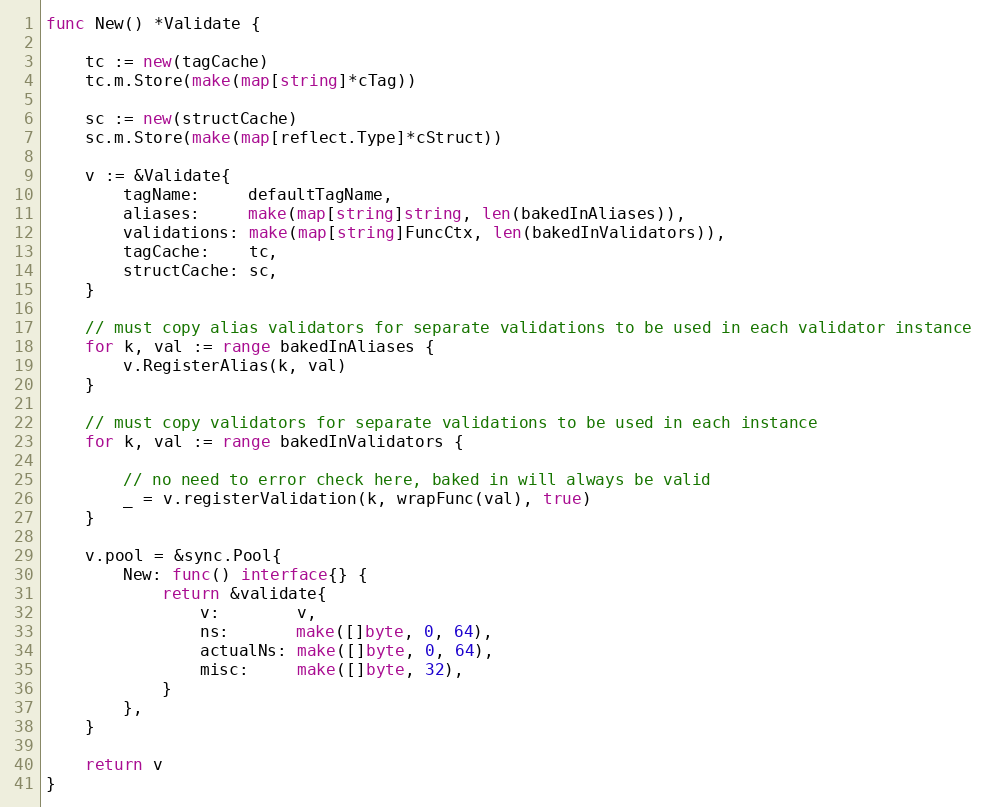
Language: Go
func New() *Validate {

	tc := new(tagCache)
	tc.m.Store(make(map[string]*cTag))

	sc := new(structCache)
	sc.m.Store(make(map[reflect.Type]*cStruct))

	v := &Validate{
		tagName:     defaultTagName,
		aliases:     make(map[string]string, len(bakedInAliases)),
		validations: make(map[string]FuncCtx, len(bakedInValidators)),
		tagCache:    tc,
		structCache: sc,
	}

	// must copy alias validators for separate validations to be used in each validator instance
	for k, val := range bakedInAliases {
		v.RegisterAlias(k, val)
	}

	// must copy validators for separate validations to be used in each instance
	for k, val := range bakedInValidators {

		// no need to error check here, baked in will always be valid
		_ = v.registerValidation(k, wrapFunc(val), true)
	}

	v.pool = &sync.Pool{
		New: func() interface{} {
			return &validate{
				v:        v,
				ns:       make([]byte, 0, 64),
				actualNs: make([]byte, 0, 64),
				misc:     make([]byte, 32),
			}
		},
	}

	return v
}